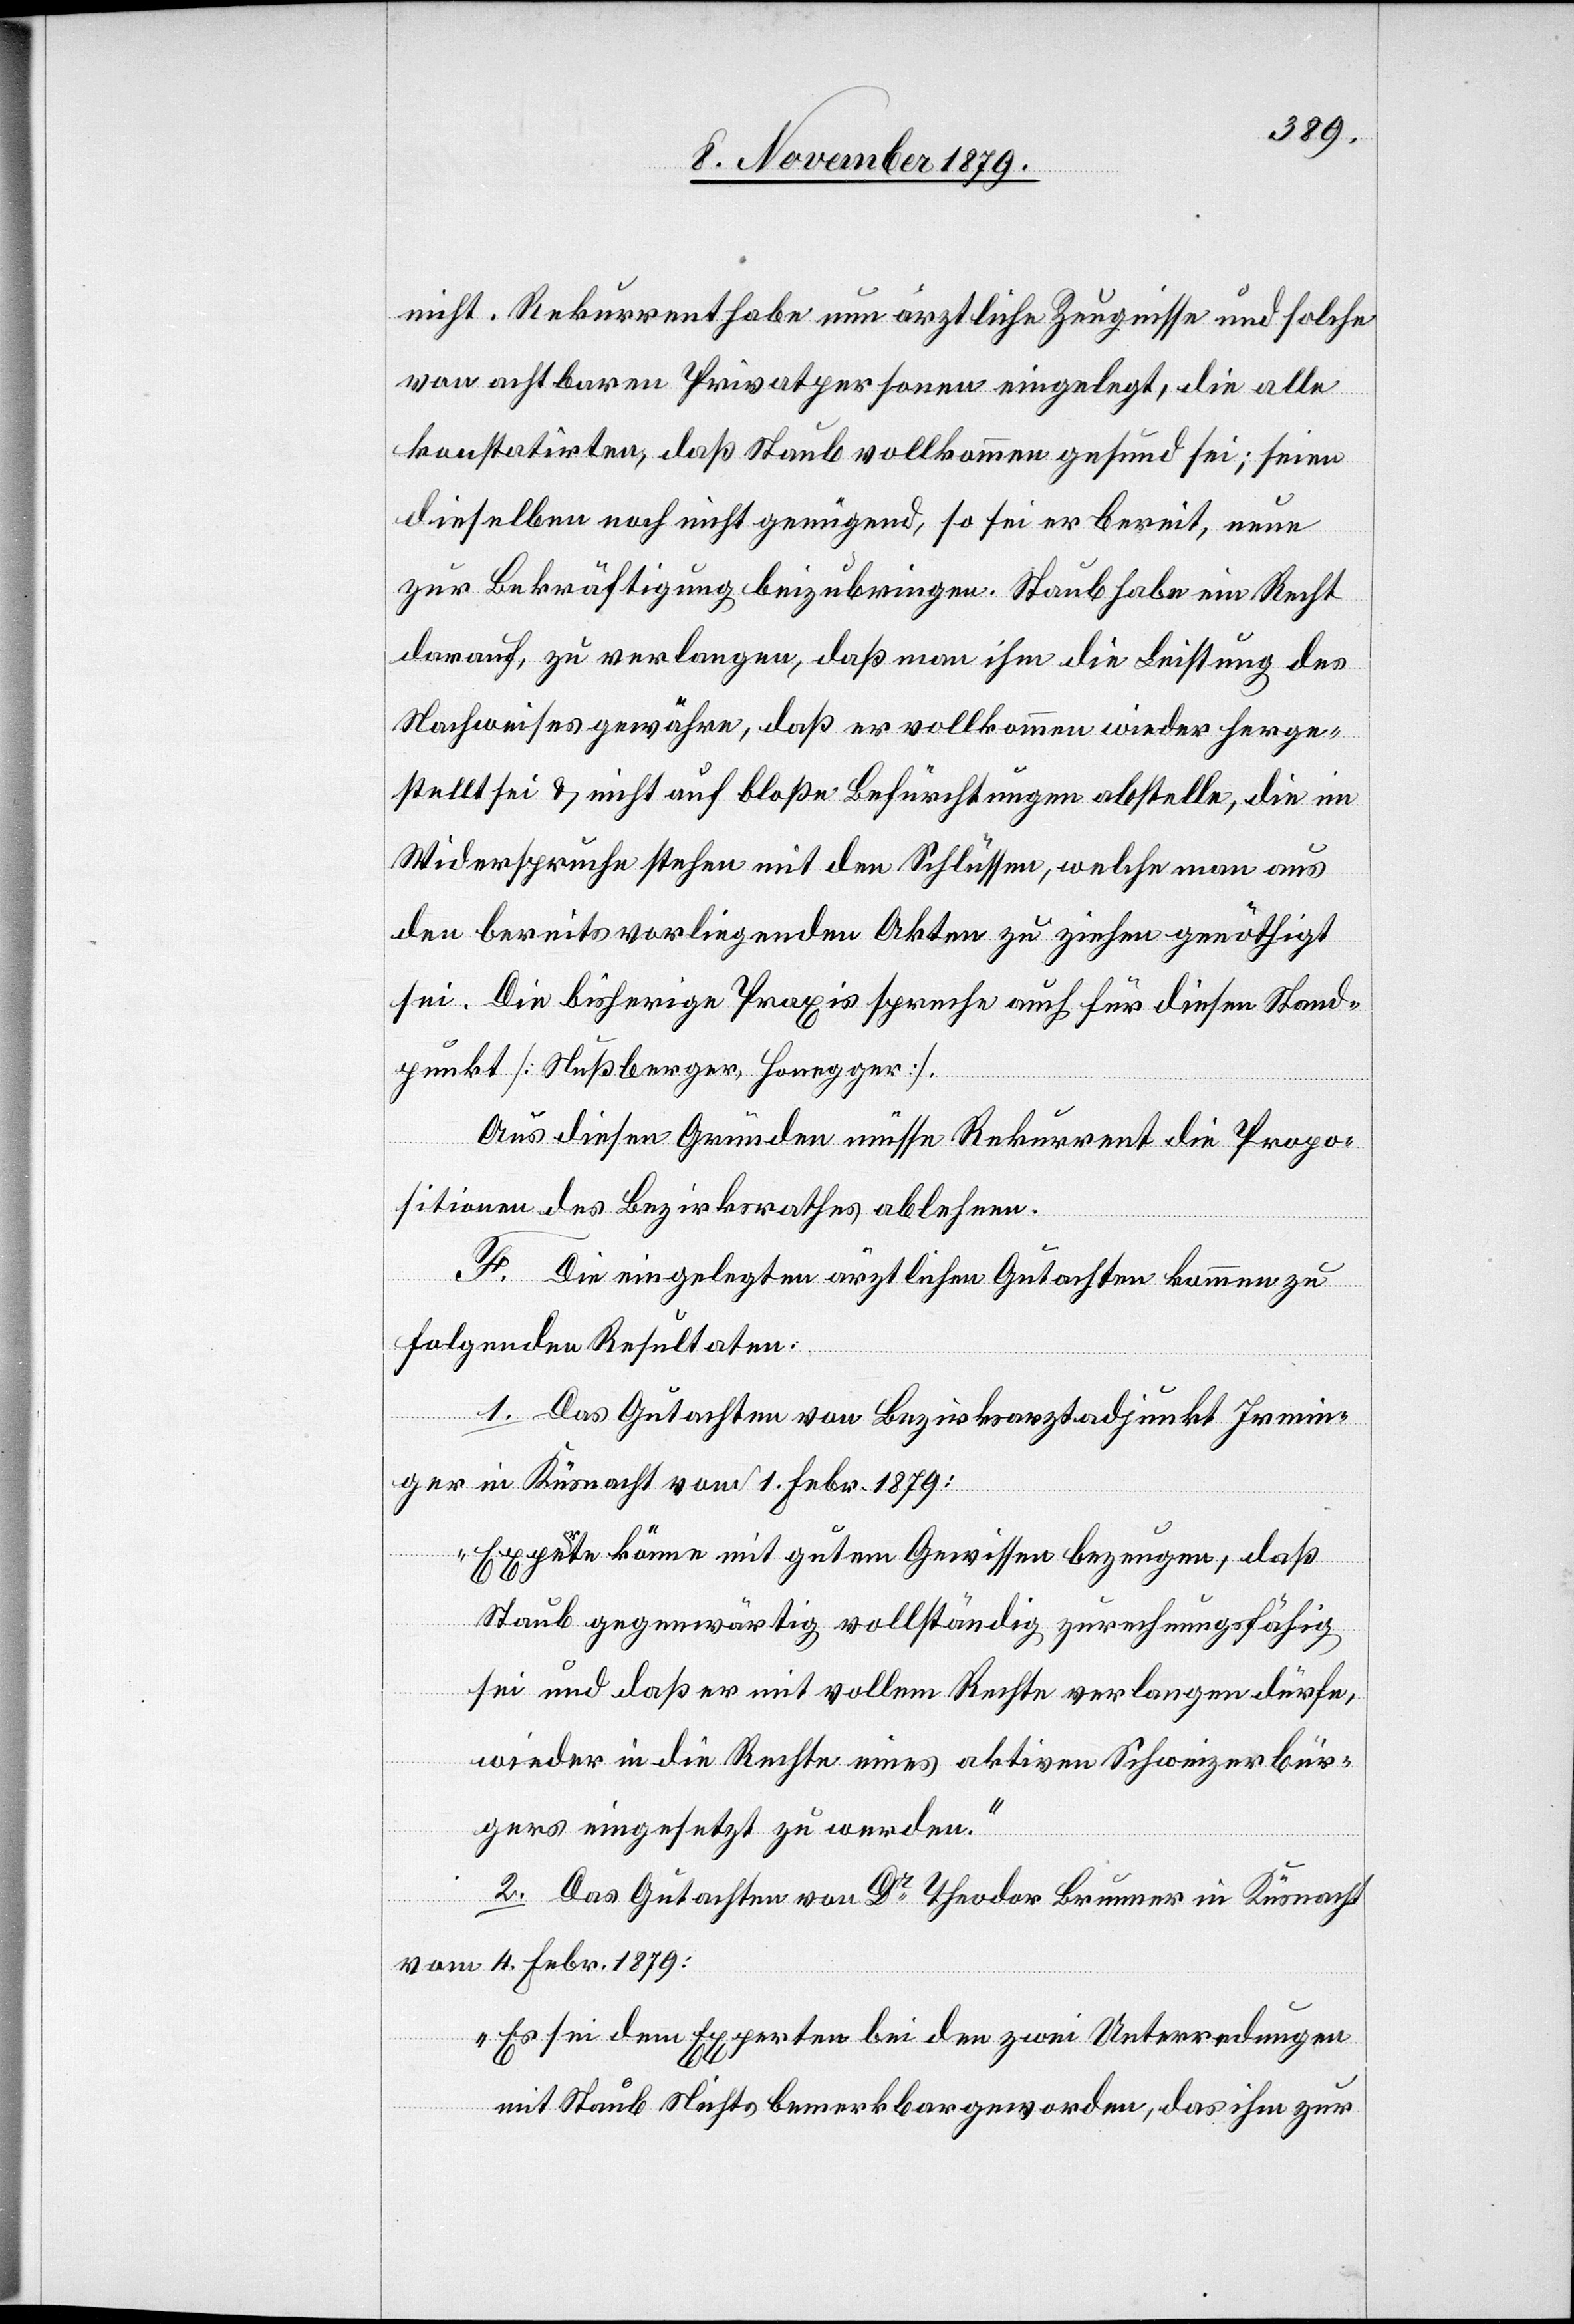
nicht. Rekurrent habe nun ärztliche Zeugnisse und solche
von achtbaren Privatpersonen eingelegt, die alle
konstatirten, daß Staub vollkommen gesund sei; seien
dieselben noch nicht genügend, so sei er bereit, neue
lt
zur Bekräftigung beizubringen. Staub habe ein Recht
darauf, zu verlangen, daß man ihm die Leistung des
Nachweises gewähre, daß er vollkommen wieder herge¬
sei. Die bisherige Praxis spreche auch für diesen Stand¬
punkt [Nußberger, Honegger].
Aus diesen Gründen müsse Rekurrent die Propo¬
sitionen des Bezirksrathes ablehnen.
F. Die eingelegten ärztlichen Gutachten kommen zu
folgenden Resultaten:
1. Das Gutachten von Bezirksarztadjunkt Irmin¬
ger in Küsnacht vom 1. Febr. 1879:
„Experte könne mit gutem Gewissen bezeugen, daß
Staub gegenwärtig vollständig zurechnungsfähig
sei und daß er mit vollem Rechte verlangen dürfe,
wieder in die Rechte eines aktiven Schweizerbür¬
gers eingesetzt zu werden.“
el¬
2. Das Gutachten von Dr Theodor Brunner in Küsnacht
vom 4. Febr. 1879:
„Es sei dem Experten bei den zwei Unterredungen
mit Staub Nichts bemerkbar geworden, das ihm zur